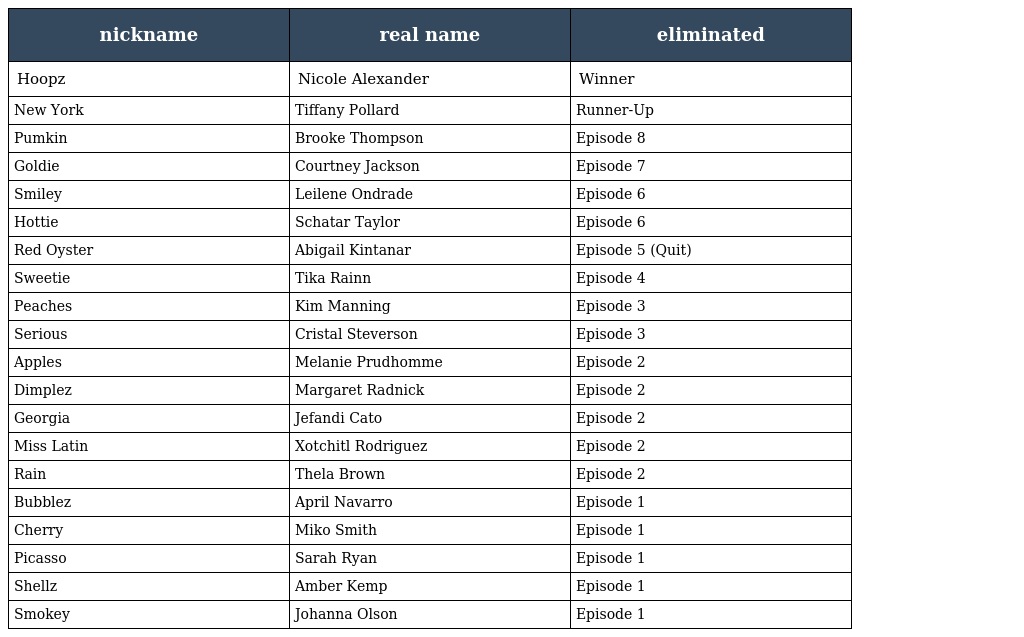
| nickname | real name | eliminated |
 | --- | --- | --- |
 | Hoopz | Nicole Alexander | Winner |
 | New York | Tiffany Pollard | Runner-Up |
 | Pumkin | Brooke Thompson | Episode 8 |
 | Goldie | Courtney Jackson | Episode 7 |
 | Smiley | Leilene Ondrade | Episode 6 |
 | Hottie | Schatar Taylor | Episode 6 |
 | Red Oyster | Abigail Kintanar | Episode 5 (Quit) |
 | Sweetie | Tika Rainn | Episode 4 |
 | Peaches | Kim Manning | Episode 3 |
 | Serious | Cristal Steverson | Episode 3 |
 | Apples | Melanie Prudhomme | Episode 2 |
 | Dimplez | Margaret Radnick | Episode 2 |
 | Georgia | Jefandi Cato | Episode 2 |
 | Miss Latin | Xotchitl Rodriguez | Episode 2 |
 | Rain | Thela Brown | Episode 2 |
 | Bubblez | April Navarro | Episode 1 |
 | Cherry | Miko Smith | Episode 1 |
 | Picasso | Sarah Ryan | Episode 1 |
 | Shellz | Amber Kemp | Episode 1 |
 | Smokey | Johanna Olson | Episode 1 |